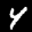
Label: 4